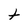
Character: t